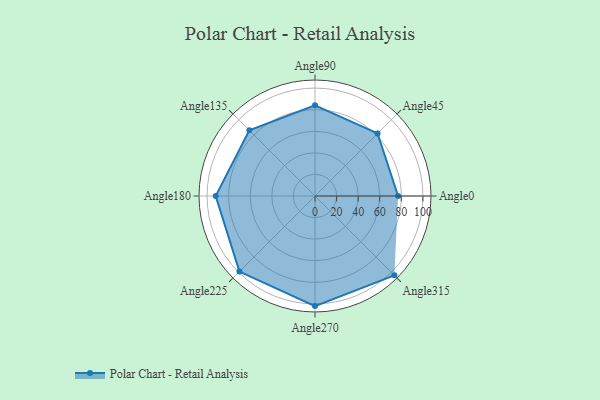
{"axis": {"x": "Angle", "y": "Radius"}, "legend": [""], "data": [{"x": "Angle0", "y": 77.0, "type": ""}, {"x": "Angle45", "y": 82.0, "type": ""}, {"x": "Angle90", "y": 84.0, "type": ""}, {"x": "Angle135", "y": 86.0, "type": ""}, {"x": "Angle180", "y": 92.0, "type": ""}, {"x": "Angle225", "y": 99.0, "type": ""}, {"x": "Angle270", "y": 102.0, "type": ""}, {"x": "Angle315", "y": 104.0, "type": ""}]}